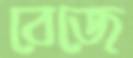
বেজে